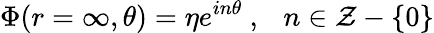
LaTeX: \Phi(r=\infty,\theta)=\eta e^{in\theta}\ ,\ \ \ n\in{\cal Z}-\{ 0\}